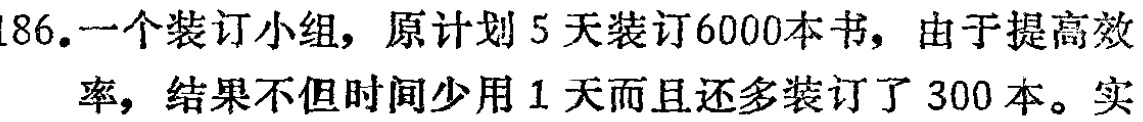
186. 一个装订小组，原计划 5 天装订6000本书，由于提高效
率，结果不但时间少用 1 天而且还多装订了 300 本。实